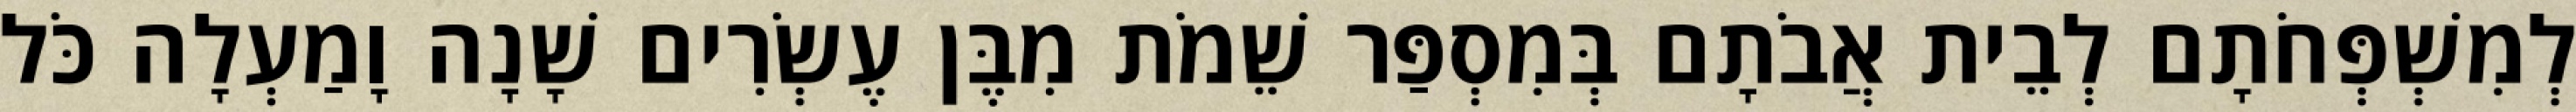
לְמִשְׁפְּחֹתָם לְבֵית אֲבֹתָם בְּמִסְפַּר שֵׁמֹת מִבֶּן עֶשְׂרִים שָׁנָה וָמַעְלָה כֹּל